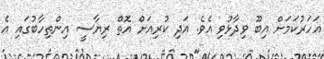
އަހަރުކަމަށް އިބޫ ވިދާޅުވި އެވެ. އަދި ކުރިއަށް އޮތް ރިޔާސީ އިންތިހާބުގައި އެ